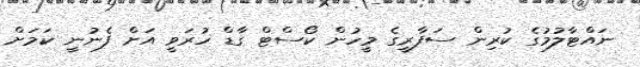
ނައްޓާލުމުގެ ކުރިން ސަފާރީގެ މީހުން ކޯސްޓް ގާޑް ހުރަވީ އަށް ފެނުނީ ކަމަށް